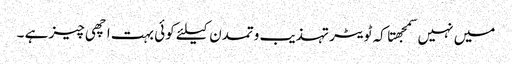
میں نہیں سمجهتا کہ ٹویٹر تہذیب وتمدن کیلئے کوئی بہت اچهی چیز ہے ۔